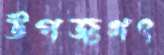
উপজগৎ